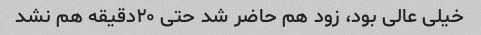
خیلی عالی بود، زود هم حاضر شد حتی ٢٠دقیقه هم نشد